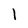
Character: 1